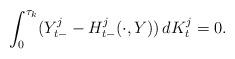
LaTeX: \begin{align*}\int_0^{\tau_k} (Y^{j}_{t-}-H^j_{t-}(\cdot,Y))\,dK^{j}_{t}=0.\end{align*}